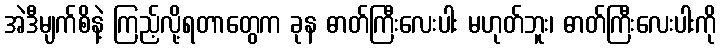
အဲဒီမျက်စိနဲ့ ကြည့်လို့ရတာတွေက ခုန ဓာတ်ကြီးလေးပါး မဟုတ်ဘူး၊ ဓာတ်ကြီးလေးပါးကို